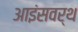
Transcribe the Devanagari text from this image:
आइंसवर्थ